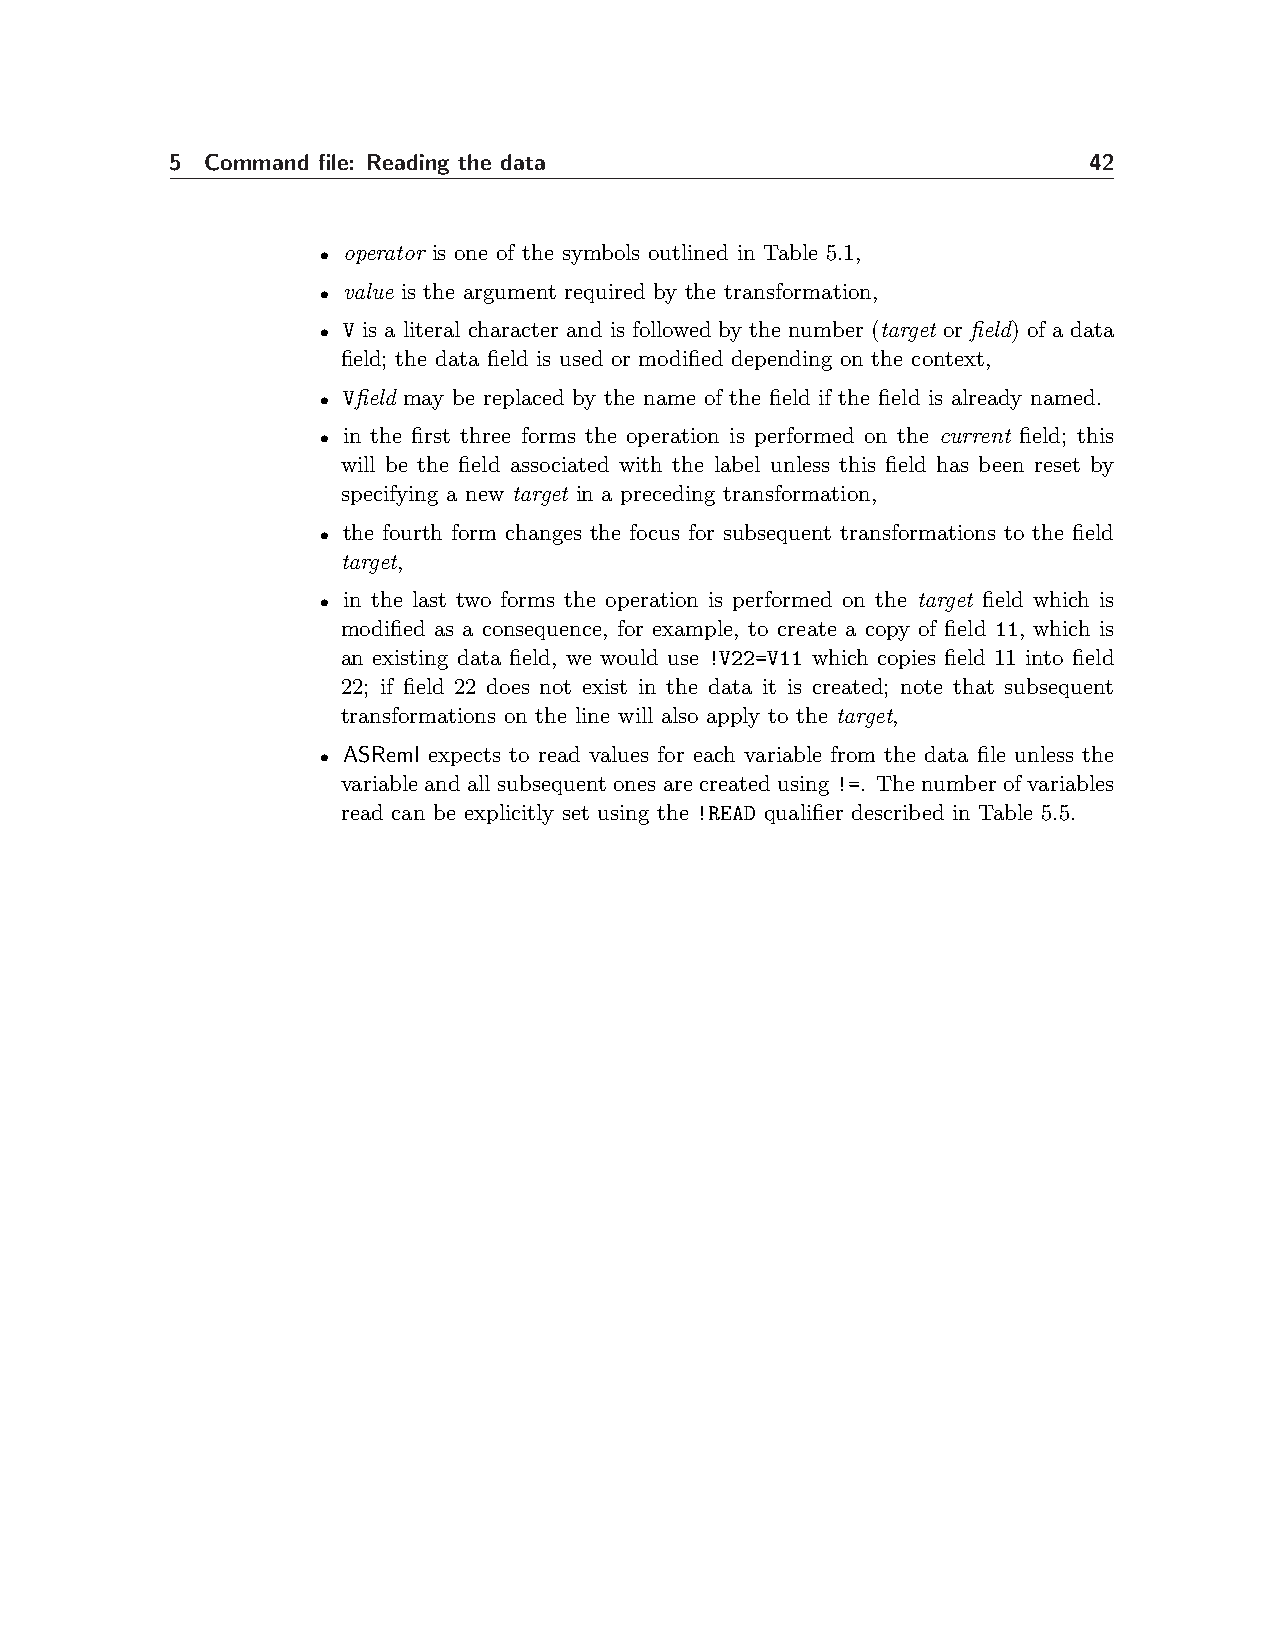
5  Command file: Reading the data                            42
 • operator is one of the symbols outlined in Table 5.1,
 • value is the argument required by the transformation,
 • V is a literal character and is followed by the number (target or field) of a data
 field; the data field is used or modified depending on the context,
 • Vfield may be replaced by the name of the field if the field is already named.
 • in the first three forms the operation is performed on the current field; this
 will be the field associated with the label unless this field has been reset by
 specifying a new target in a preceding transformation,
 • the fourth form changes the focus for subsequent transformations to the field
 target,
 • in the last two forms the operation is performed on the target field which is
 modified as a consequence, for example, to create a copy of field 11, which is
 an existing data field, we would use !V22=V11 which copies field 11 into field
 22; if field 22 does not exist in the data it is created; note that subsequent
 transformations on the line will also apply to the target,
 • ASReml expects to read values for each variable from the data file unless the
 variable and all subsequent ones are created using!=. The number of variables
 read can be explicitly set using the !READ qualifier described in Table 5.5.